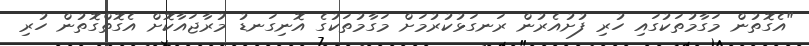
"އެގޮތުން މަގާމުތަކުގައި ހުރި ފުށުއެރުން ރަނގަޅުކުރުމަށް މަގާމުތަކުގެ އޮނިގަނޑު މުރާޖައާކޮށް އެގޮތްގޮތުން ހުރި